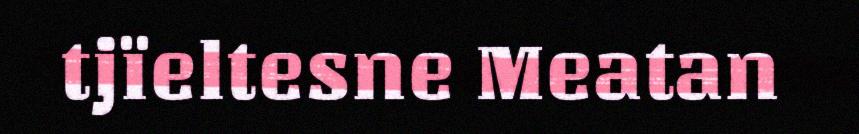
tjïeltesne Meatan